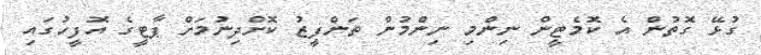
ގުޅޭ ގޮތުން އެ ކޮމެޓީން ނިންމި ނިންމުން ތަންފީޒު ކޮށްދިނުމަށް ޕާޓީގެ އޮފީހުގައި